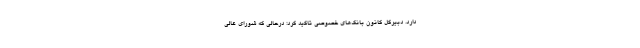
دارد. دبیرکل کانون بانک‌های خصوصی تاکید کرد: درحالی که شورای عالی